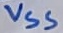
Text: VSS